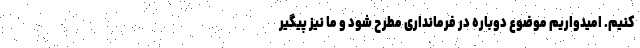
کنیم. امیدواریم موضوع دوباره در فرمانداری مطرح شود و ما نیز پیگیر